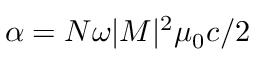
\alpha = N \omega | M | ^ { 2 } \mu _ { 0 } c / 2